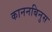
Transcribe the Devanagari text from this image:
काननबिनुस